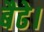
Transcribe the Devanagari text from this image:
बैढे।